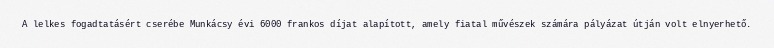
A lelkes fogadtatásért cserébe Munkácsy évi 6000 frankos díjat alapított, amely fiatal művészek számára pályázat útján volt elnyerhető.